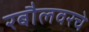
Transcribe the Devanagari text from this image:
रबौलवरचे